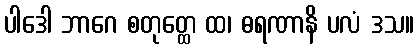
ပါဒေါ ဘာဂေ စတုတ္ထေ ထ၊ ဓရဏာနိ ပလံ ဒသ။